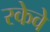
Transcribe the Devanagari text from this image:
रकेवे